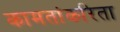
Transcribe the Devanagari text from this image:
कामतांकरिता